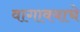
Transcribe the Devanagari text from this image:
वागावयाचे